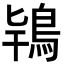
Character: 𮬰